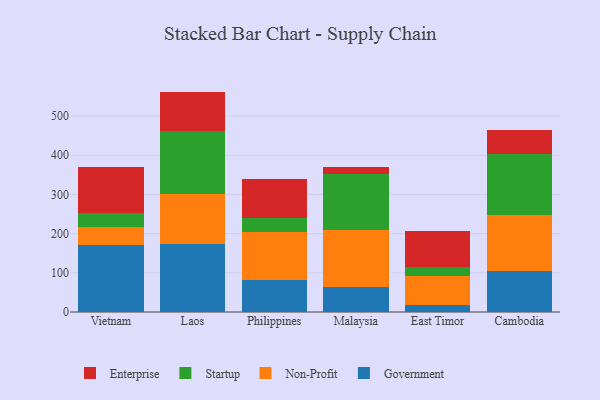
{"axis": {"x": "Country", "y": "Operating Costs (USD K)"}, "legend": ["Enterprise", "Government", "Non-Profit", "Startup"], "data": [{"x": "Vietnam", "y": 171.1, "type": "Government"}, {"x": "Vietnam", "y": 44.5, "type": "Non-Profit"}, {"x": "Vietnam", "y": 37.7, "type": "Startup"}, {"x": "Vietnam", "y": 116.6, "type": "Enterprise"}, {"x": "Laos", "y": 174.5, "type": "Government"}, {"x": "Laos", "y": 126.8, "type": "Non-Profit"}, {"x": "Laos", "y": 159.8, "type": "Startup"}, {"x": "Laos", "y": 101.2, "type": "Enterprise"}, {"x": "Philippines", "y": 81.1, "type": "Government"}, {"x": "Philippines", "y": 121.8, "type": "Non-Profit"}, {"x": "Philippines", "y": 37.1, "type": "Startup"}, {"x": "Philippines", "y": 98.4, "type": "Enterprise"}, {"x": "Malaysia", "y": 64.0, "type": "Government"}, {"x": "Malaysia", "y": 146.2, "type": "Non-Profit"}, {"x": "Malaysia", "y": 142.1, "type": "Startup"}, {"x": "Malaysia", "y": 16.7, "type": "Enterprise"}, {"x": "East Timor", "y": 18.0, "type": "Government"}, {"x": "East Timor", "y": 74.1, "type": "Non-Profit"}, {"x": "East Timor", "y": 23.6, "type": "Startup"}, {"x": "East Timor", "y": 90.5, "type": "Enterprise"}, {"x": "Cambodia", "y": 105.3, "type": "Government"}, {"x": "Cambodia", "y": 141.4, "type": "Non-Profit"}, {"x": "Cambodia", "y": 155.7, "type": "Startup"}, {"x": "Cambodia", "y": 60.9, "type": "Enterprise"}]}